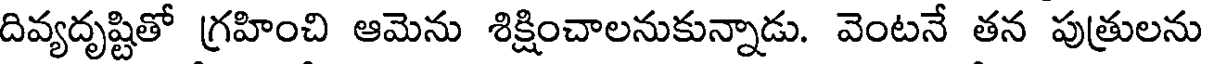
దివ్యదృష్టితో గ్రహించి ఆమెను శిక్షించాలనుకున్నాడు. వెంటనే తన పుత్రులను